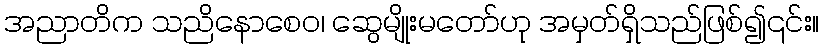
အညာတိက သညိနောစေဝ၊ ဆွေမျိုးမတော်ဟု အမှတ်ရှိသည်ဖြစ်၍၎င်း။